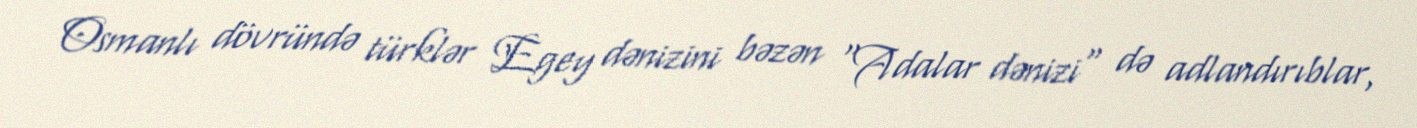
Osmanlı dövründə türklər Egey dənizini bəzən "Adalar dənizi" də adlandırıblar,